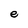
Character: e